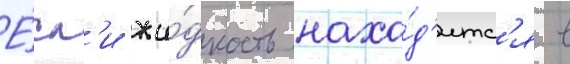
Е́сл'и жи́дкость нахо́д'итс'я в